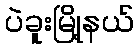
ပဲခူးမြို့နယ်